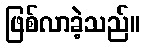
ဖြစ်လာခဲ့သည်။